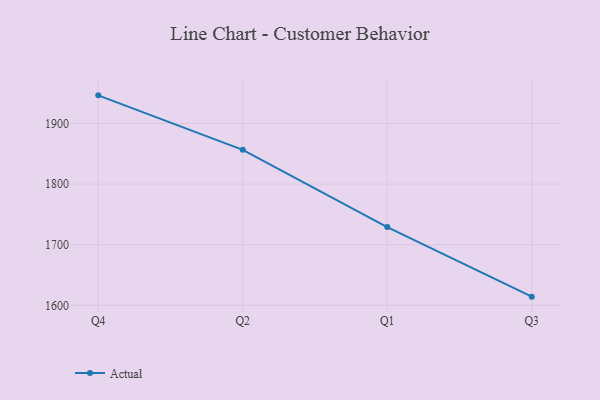
{"axis": {"x": "Quarter", "y": "Churn Rate (%)"}, "legend": ["Actual"], "data": [{"x": "Q4", "y": 1946.3, "type": "Actual"}, {"x": "Q2", "y": 1856.4, "type": "Actual"}, {"x": "Q1", "y": 1729.1, "type": "Actual"}, {"x": "Q3", "y": 1614.3, "type": "Actual"}]}